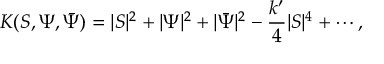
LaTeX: K ( S , \Psi , \bar { \Psi } ) = | S | ^ { 2 } + | \Psi | ^ { 2 } + | \bar { \Psi } | ^ { 2 } - \frac { k ^ { \prime } } { 4 } | S | ^ { 4 } + \cdots ,